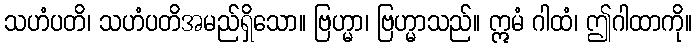
သဟံပတိ၊ သဟံပတိအမည်ရှိသော။ ဗြဟ္မာ၊ ဗြဟ္မာသည်။ ဣမံ ဂါထံ၊ ဤဂါထာကို။